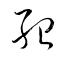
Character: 紹